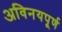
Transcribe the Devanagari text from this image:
अविनयपूर्ण